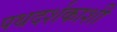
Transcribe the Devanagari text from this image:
पथदर्शकाशी